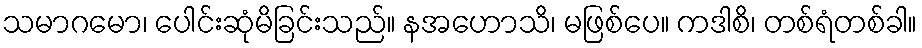
သမာဂမော၊ ပေါင်းဆုံမိခြင်းသည်။ နအဟောသိ၊ မဖြစ်ပေ။ ကဒါစိ၊ တစ်ရံတစ်ခါ။